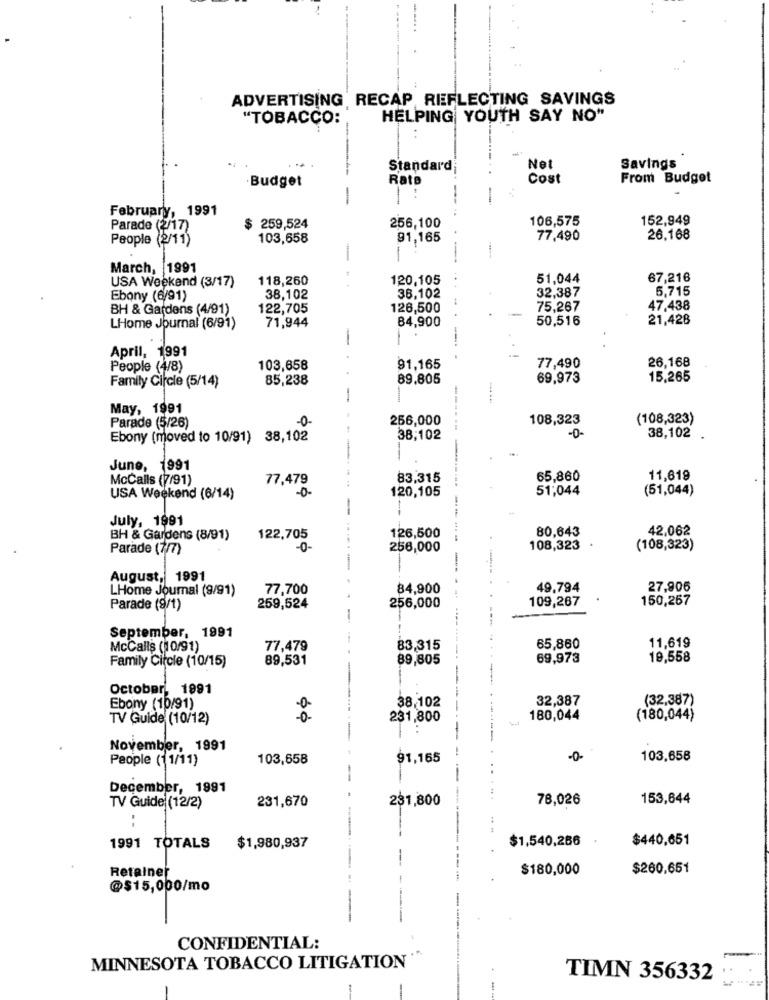
ADVERTISING RECAP REFLECTING SAVINGS
"TOBACCO:
HELPING YOUTH SAY NO"
Standard;
Net
Savings
Rate
Cost
From Budget
Budget
February, 1991
-
106,575
152,949
Parade (2/17)
259,524
256,100
People (2/11)
103,658
91,165
77,490
26,168
March, 1991
118,260
120,105
51,044
67,216
USA Weekend (3/17)
32,387
5,715
Ebony (6/91)
38,102
38,102
BH & Gardens (4/91)
122,705
126,500
75,267
47,438
71,944
84,900
50,516
21,428
LHome Journal (6/91)
-
April, 1991
--..
26,168
People (4/8)
103,658
91,165
77,490
Family Circle (5/14)
85,238
89.805
69,973
15.265
May, 1991
Parade (5/26)
256,000
108,323
(108,323)
-0-
Ebony (moved to 10/91) 38,102
38,102
-0-
38,102
June, 1991
McCalls (7/91)
77,479
83,315
65,860
11,619
-0-
120,105
51,044
(51,044)
USA Weekend (6/14)
--
July, 1991
80,643
42,062
BH & Gardens (8/91)
122,705
126,500
Parade (7/7)
-0-
256,000
108,323
(108,323)
-
-
August, 1991
LHome Journal (9/91)
77,700
84,900
49,794
27,906
109,267
150,257
Parade (9/1)
259,524
256,000
--
September, 1991
11,619
McCalls (110/91)
77,479
83,315
65,860
Family Circle (10/15)
89,531
89,805
69,973
19,558
October 1991
38,102
32,387
(32,387)
Ebony (10/91)
TV Guide (10/12)
231,800
180,044
(180,044)
November, 1991
People (11/11)
103,658
91,165
-0-
103,658
December, 1991
231,670
281,800
78,026
153,644
TV Guide (12/2)
1991 TOTALS
$1,540,286
$440,651
$1,980,937
--
Retainer
$180,000
$260,651
@$15,000/mo
CONFIDENTIAL:
MINNESOTA TOBACCO LITIGATION
..
TIMN 356332
---